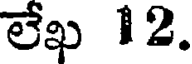
లేఖ 12.